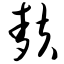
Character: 麸